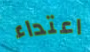
اعتداء